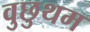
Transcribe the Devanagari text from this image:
वुछुथम